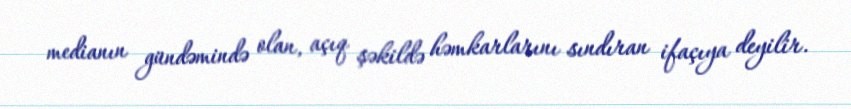
medianın gündəmində olan, açıq şəkildə həmkarlarını sındıran ifaçıya deyilir.